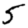
Digit: 5